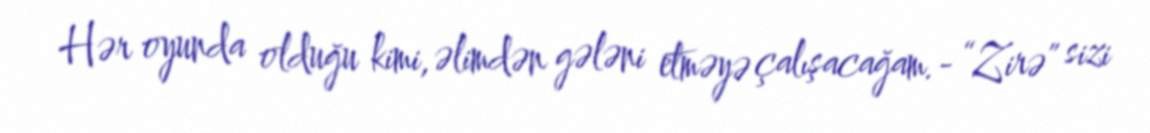
Hər oyunda olduğu kimi, əlimdən gələni etməyə çalışacağam.- “Zirə” sizi